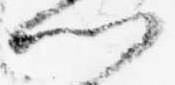
門